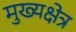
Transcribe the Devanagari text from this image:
मुख्यक्षेत्र